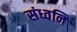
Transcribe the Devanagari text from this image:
संध्वनि